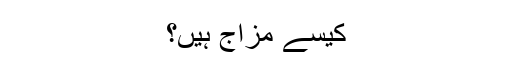
کیسے مزاج ہیں؟